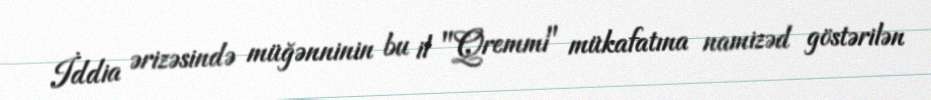
İddia ərizəsində müğənninin bu il "Qremmi" mükafatına namizəd göstərilən